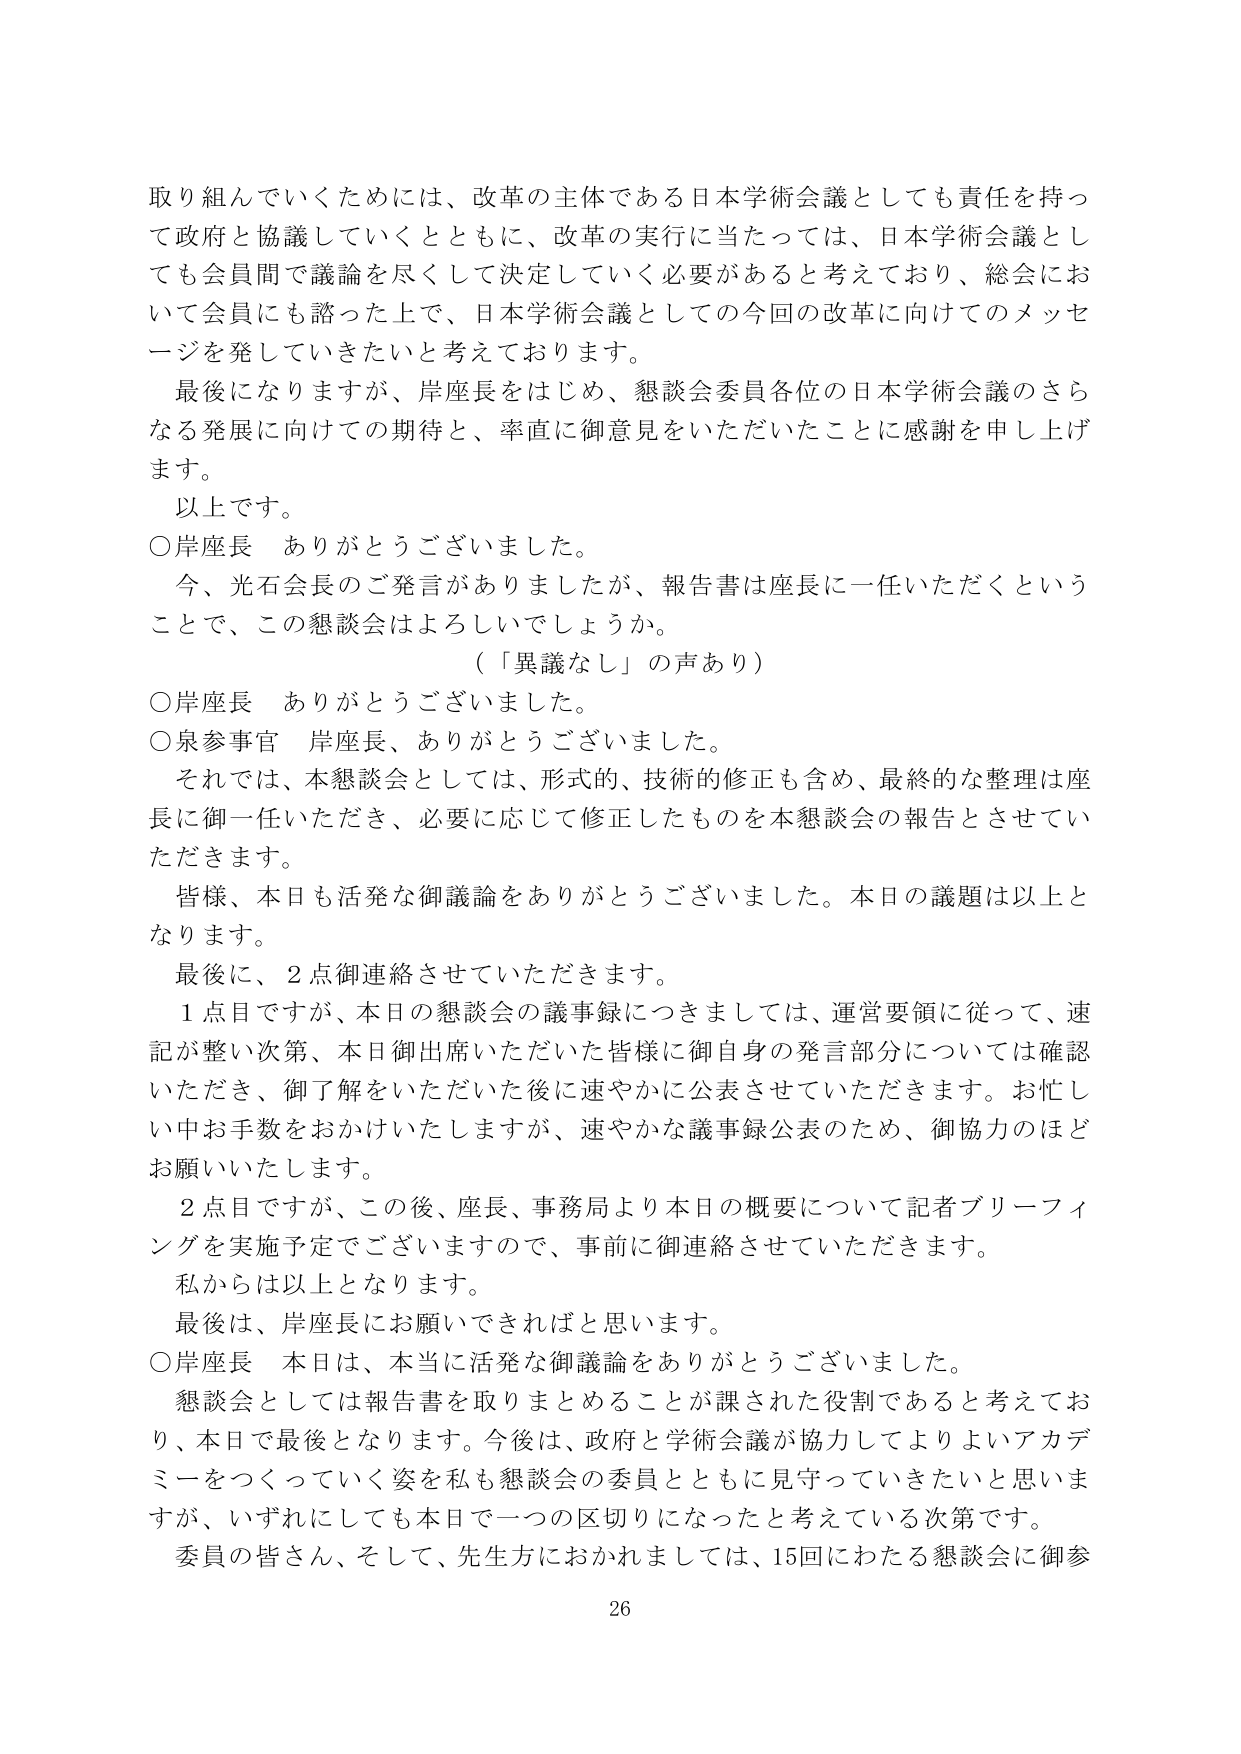
取り組んでいくためには、改革の主体である日本学術会議としても責任を持って政府と協議していくとともに、改革の実行に当たっては、日本学術会議としても会員間で議論を尽くして決定していく必要があると考えており、総会において会員にも諮った上で、日本学術会議としての今回の改革に向けてのメッセージを発していきたいと考えております。

最後になりますが、岸座長をはじめ、懇談会委員各位の日本学術会議のさらなる発展に向けての期待と、率直に御意見をいただいたことに感謝を申し上げます。

以上です。

○岸座長　ありがとうございました。

　今、光石会長のご発言がありましたか、報告書は座長に一任いただくということで、この懇談会はよろしいでしょうか。

　（「異議なし」の声あり）

○岸座長　ありがとうございました。

○泉参事官　岸座長、ありがとうございました。

　それでは、本懇談会としては、形式的、技術的修正も含め、最終的な整理は座長に御一任いただき、必要に応じて修正したものを本懇談会の報告とさせていただきます。

　皆様、本日も活発な御議論をありがとうございました。本日の議題は以上となります。

　最後に、2点御連絡させていただきます。

　1点目ですが、本日の懇談会の議事録につきましては、運営要領に従って、速記が整い次第、本日御出席いただいた皆様に御自身の発言部分については確認いただき、御了解をいただいた後に速やかに公表させていただきます。お忙しい中お手数をおかけいたしますが、速やかな議事録公表のため、御協力のほどお願いいたします。

　2点目ですが、この後、座長、事務局より本日の概要について記者ブリーフィングを実施予定でございますので、事前に御連絡させていただきます。

　私からは以上となります。

　最後は、岸座長にお願いできればと思います。

○岸座長　本日は、本当に活発な御議論をありがとうございました。

　懇談会としては報告書を取りまとめることが課された役割であると考えており、本日で最後となります。今後は、政府と学術会議が協力してよりよいアカデミーをつくっていく姿を私も懇談会の委員とともに見守っていきたいと思いますが、いずれにしても本日で一つの区切りになったと考えている次第です。

　委員の皆さん、そして、先生方におかれましては、15回にわたる懇談会に御参

26